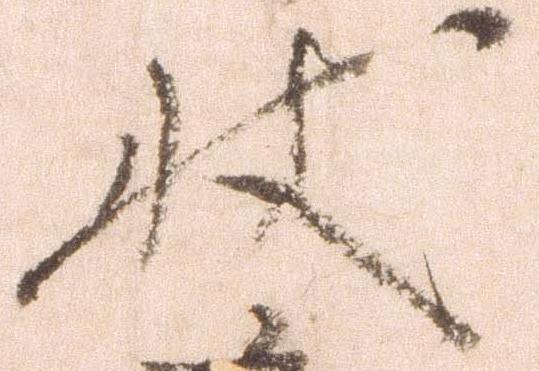
状